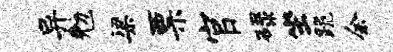
异勉梁票官碌坐跪余